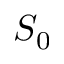
S _ { 0 }